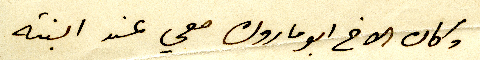
وكان الاخ ابو مارون معي عند ابنته